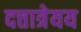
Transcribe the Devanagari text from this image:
दत्तात्रेयय